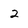
Character: 2